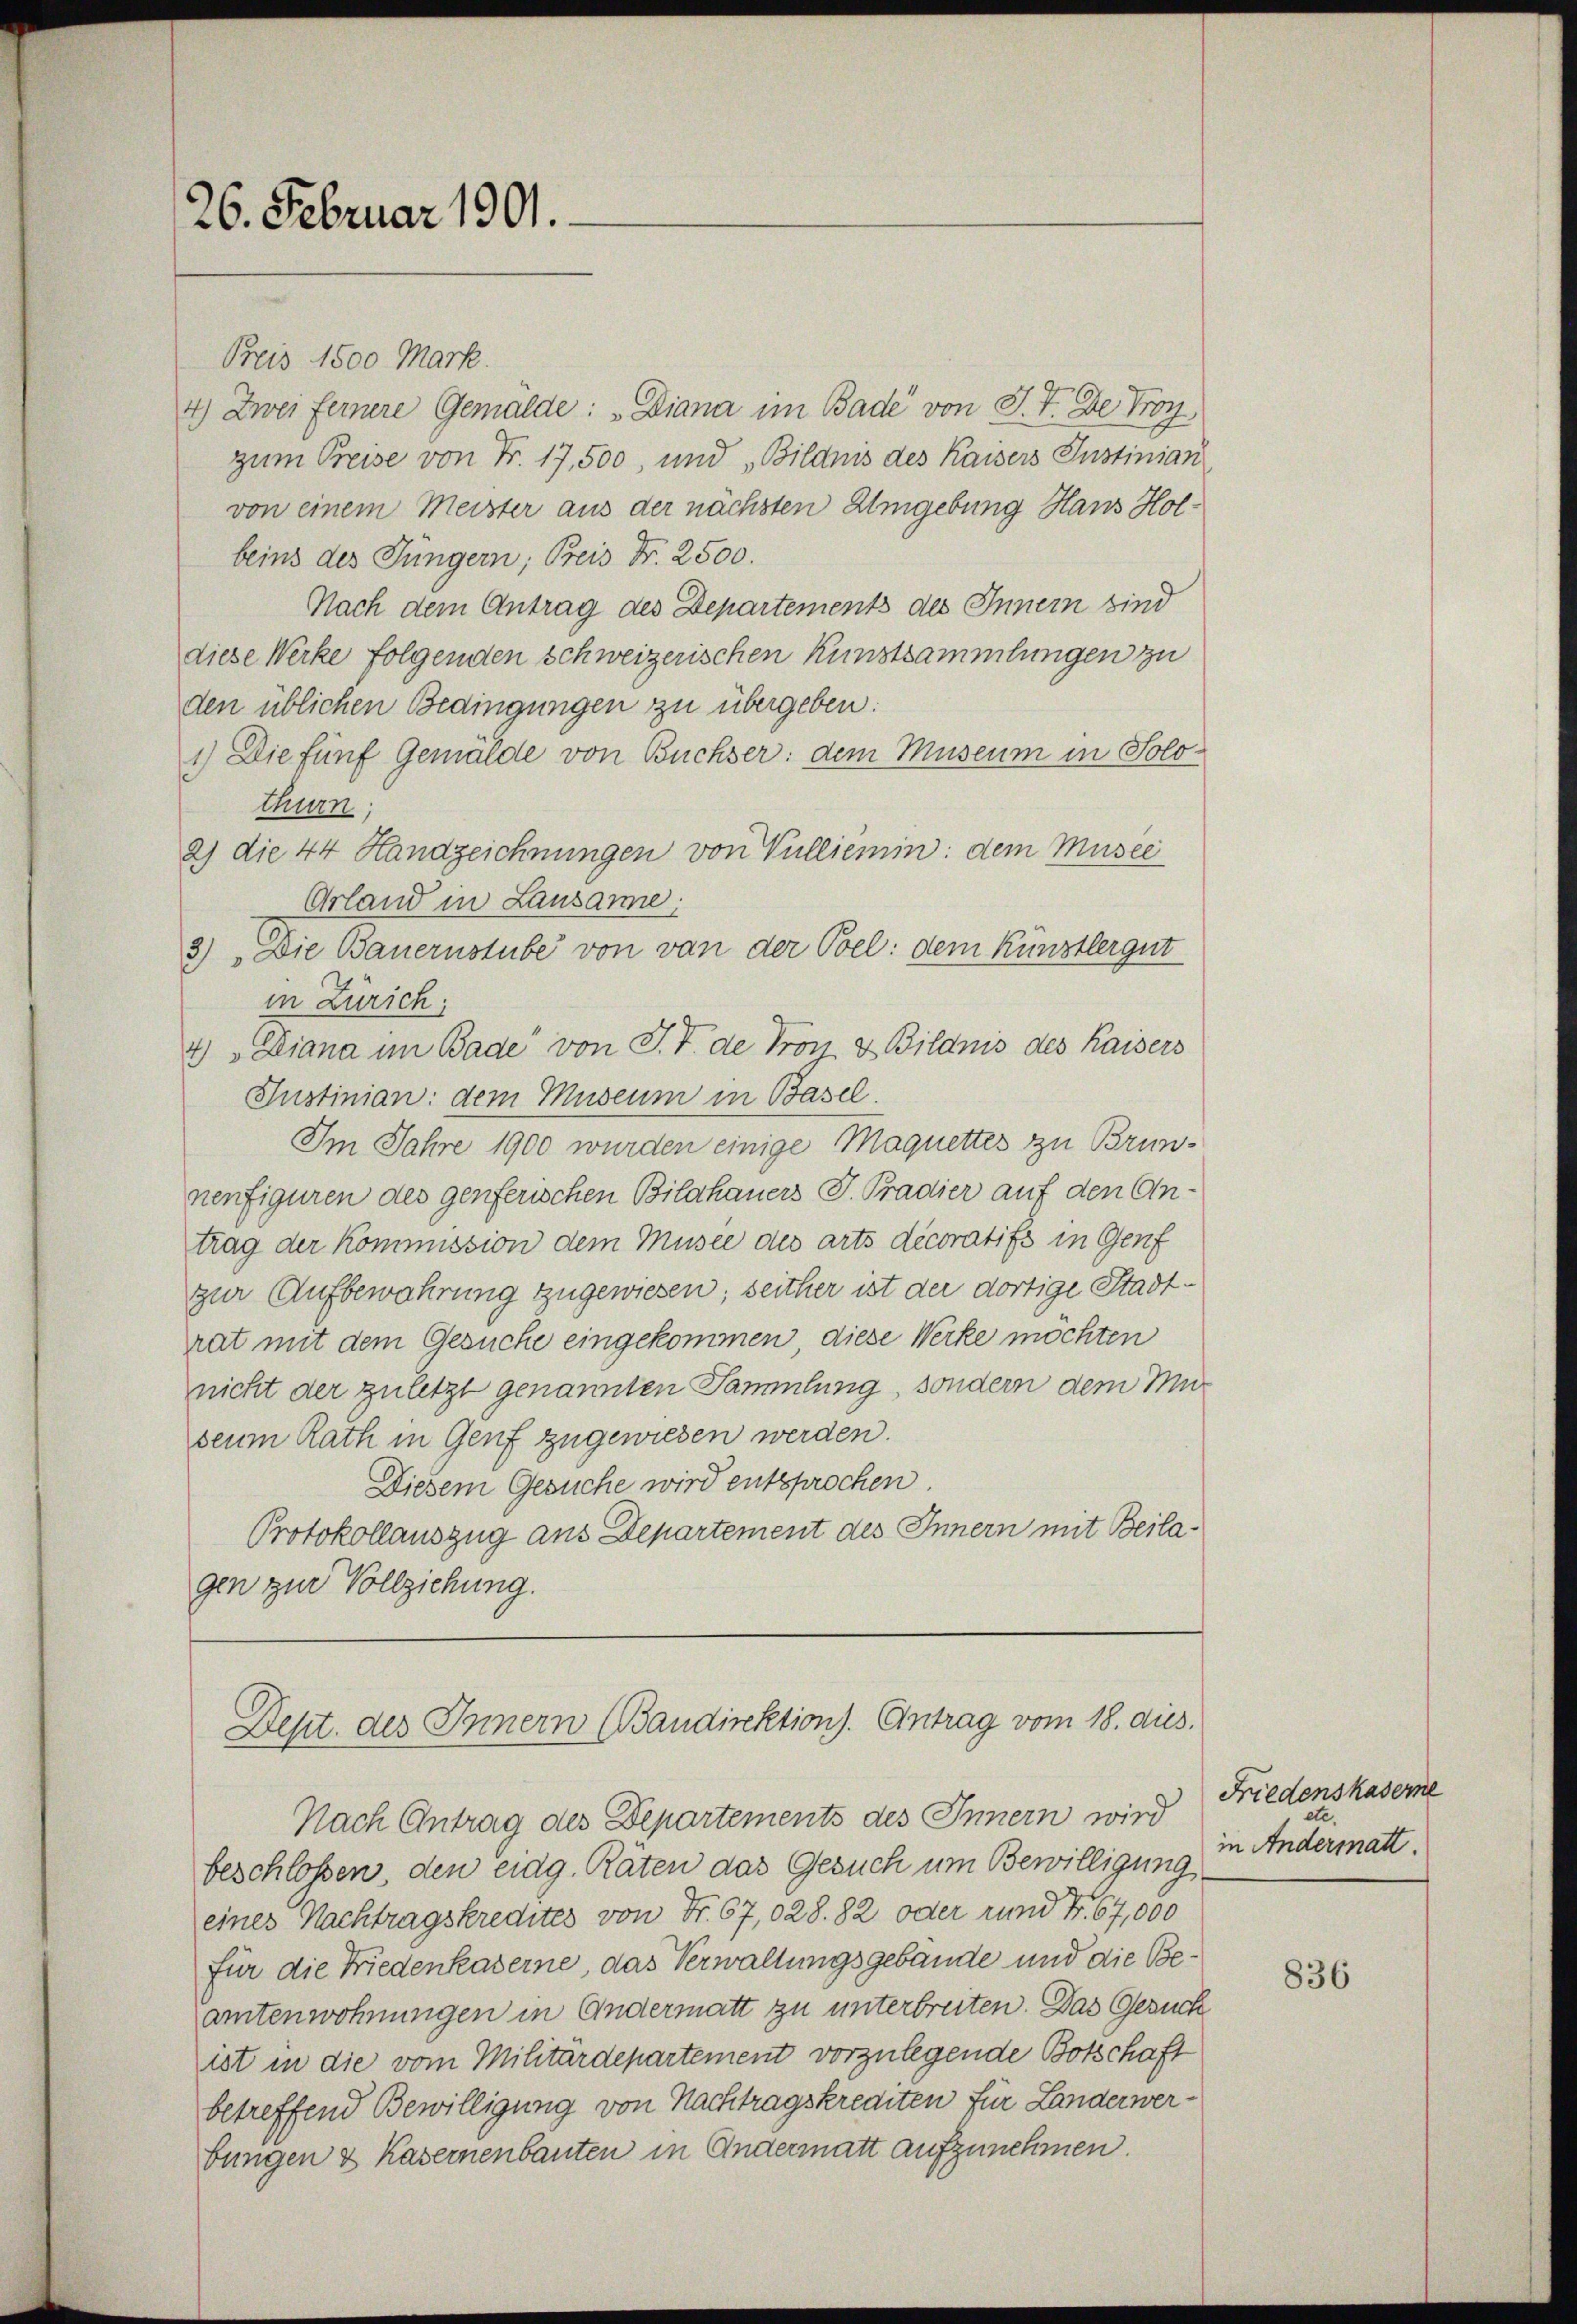
26. Februar 1901.

Bris 1500 Mark.
4) Zwei feinere Gemälde: „Diana im Bade von J. V. Der Proz
zum Preise von Fr. 17,500, und Bildnis des Kaisers Instinian
von einem Meister aus der nächsten Umgebung Hans Holbeins des Jüngern; Preis Fr. 2500.
Nach dem Antrag des Departements des Innern sind
diese Werke folgenden schweizerischen Kunstsammlungen zu
den üblichen Bedingungen zu übergeben:
1) Die fünf Gemälde von Büchser: dem Museum in Soloe
thurn,
2) die 44 Handzeichnungen von Vulliemin: dem Musee
Grland in Lausanne:
3) Die Bauernstube von von der Poel: dem Künstlergut
in Zürich;
4) Diana im Bade von J. V. de Pron & Bildnis des Kaisers
Sustinian: dem Museum in Basel.
Im Jahre 1900 wurden einige Maquettes zu Brunnenfiguren des genferischen Bildhauers J. Pradier auf den Antrag der Kommission dem Musee des arts decoratifs in Genf
zur Aufbewahrung zugewiesen; seither ist der dortige Stadtrat mit dem Gesuche eingekommen, diese Werke möchten
nicht der zuletzt genannten Sammlung, sondern dem Mur
seum Rath in Genf zugewiesen werden.
Diesem Gesuche wird entsprochen.
Protokollauszug aus Departement des Innern mit Beilagen zur Vollziehung.

Dept. des Innern (Baudirektion). Antrag vom 18. dies.

Nach Antrag des Departements des Innern wird
beschlossen, den eidg. Raten das Gesuch um Bewilligung
eines Nachtragskredites von Fr. 67,028. 82 oder rund Fr. 67,000
für die Friedenkaserne, das Verwaltungsgebäude und die Beamtenwohnungen in Andermatt zu unterbreiten. Das Gesuch
ist in die vom Militärdepartement vorzulegende Botschaft
betreffend Bewilligung von Nachtragskrediten für Landerwerbungen & Kasernenbauten in Andermatt aufzunehmen.

Friedenskaserne
ete.
in Andermatt.

836